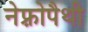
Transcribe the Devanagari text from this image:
नेफ़्रोपैथी